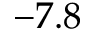
- 7 . 8